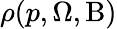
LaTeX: \rho(p,\Omega,\mathrm{{B)}}